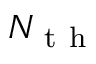
N _ { \mathrm { ~ t ~ h ~ } }